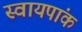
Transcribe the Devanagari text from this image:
स्वायपांक